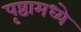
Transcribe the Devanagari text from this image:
पृष्ठामध्ये